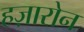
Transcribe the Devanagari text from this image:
हज़ारोन